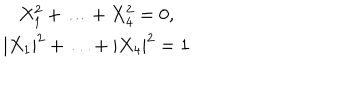
LaTeX: \begin{array} { c } { { X _ { 1 } ^ { 2 } + \ldots + X _ { 4 } ^ { 2 } = 0 , } } \\ { { | X _ { 1 } | ^ { 2 } + \ldots + | X _ { 4 } | ^ { 2 } = 1 } } \\ \end{array}